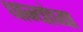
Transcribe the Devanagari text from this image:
धान्यांच्या